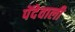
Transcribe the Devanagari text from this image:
पेंदेवाली